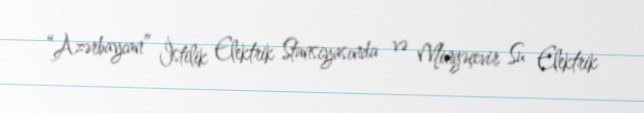
“Azərbaycan” İstilik Elektrik Stansiyasında və Mingəçevir Su Elektrik